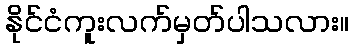
နိုင်ငံကူးလက်မှတ်ပါသလား။